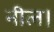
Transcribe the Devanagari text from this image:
नील।